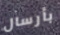
بأرسال